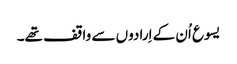
‏ یسوع اُن کے اِرادوں سے واقف تھے۔